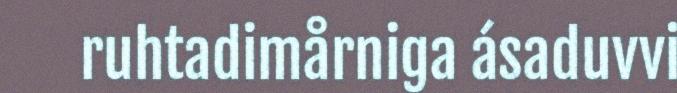
ruhtadimårniga ásaduvvi